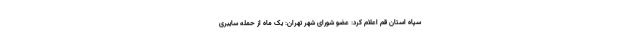
سپاه استان قم اعلام کرد: عضو شورای شهر تهران: یک ماه از حمله سایبری